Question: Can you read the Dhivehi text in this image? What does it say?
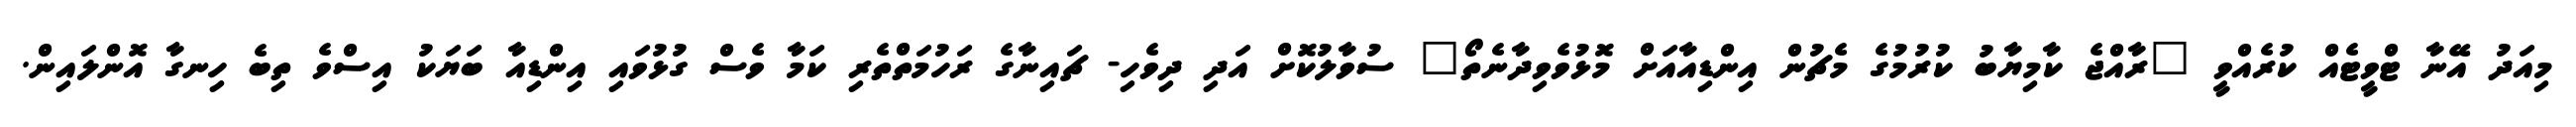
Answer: މިއަދު އޭނާ ޓްވީޓެއް ކުރެއްވީ "ރާއްޖެ ކާމިޔާބު ކުރުމުގެ މެޗުން އިންޑިއާއަށް މޮޅުވެވިދާނެތޯ" ސުވާލުކޮށް އަދި ދިވެހި- ޗައިނާގެ ރަހުމަތްތެރި ކަމާ ވެސް ގުޅުވައި އިންޑިއާ ބަޔަކު އިސްވެ ތިބެ ހިނގާ އޮންލައިން.